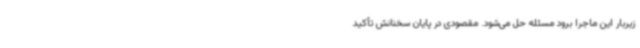
زیربار این ماجرا برود مسئله حل می‌شود. مقصودی در پایان سخنانش تأکید